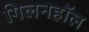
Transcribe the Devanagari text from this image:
गिलनहॉल